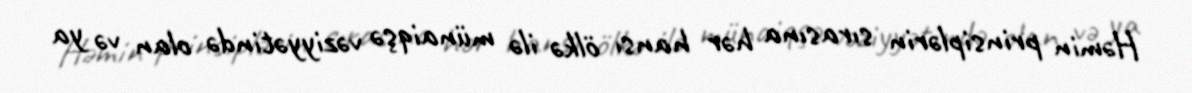
Həmin prinsiplərin sırasına hər hansı ölkə ilə münaiqşə vəziyyətində olan və ya